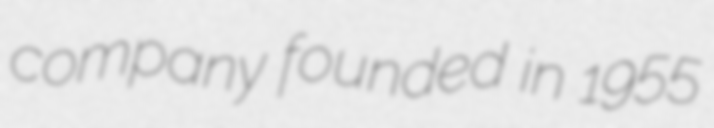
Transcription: company founded in 1955